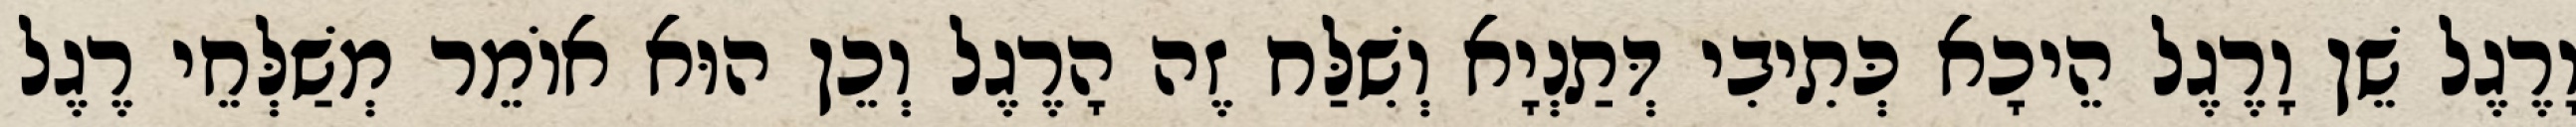
וָרֶגֶל שֵׁן וָרֶגֶל הֵיכָא כְּתִיבִי דְּתַנְיָא וְשִׁלַּח זֶה הָרֶגֶל וְכֵן הוּא אוֹמֵר מְשַׁלְּחֵי רֶגֶל